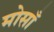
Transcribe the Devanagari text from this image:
मोसाँ